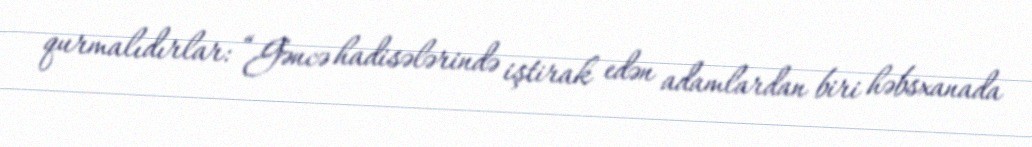
qurmalıdırlar: “Gəncə hadisələrində iştirak edən adamlardan biri həbsxanada